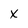
Character: x